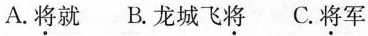
A.将就 B.龙城飞将 C.将军